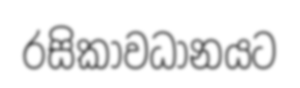
රසිකාවධානයට